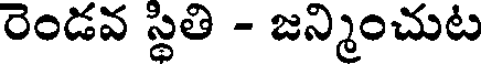
రెండవ స్థితి - జన్మించుట